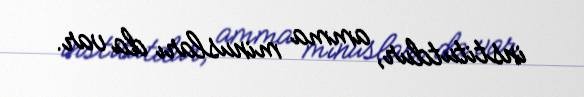
institutdur, amma minusları da var.